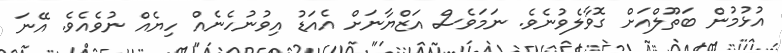
އުޅުމުން ބަތޫލްއަށް ގޮވާލެވުނެވެ. ނަމަވެސް އަޒްޔާނަށް އެއަޑު އިވުނުހެނެއް ހިޔެއް ނުވެއެވެ. އޭނަ